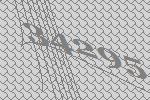
34295